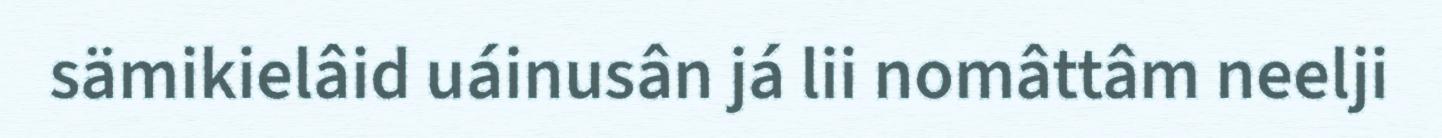
sämikielâid uáinusân já lii nomâttâm neelji